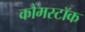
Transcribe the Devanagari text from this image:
कौमस्टॉक